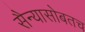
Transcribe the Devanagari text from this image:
सैन्यासोबतच